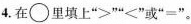
4.在\circ 里填上">""<"或"="。